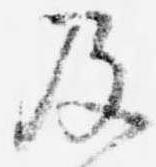
及